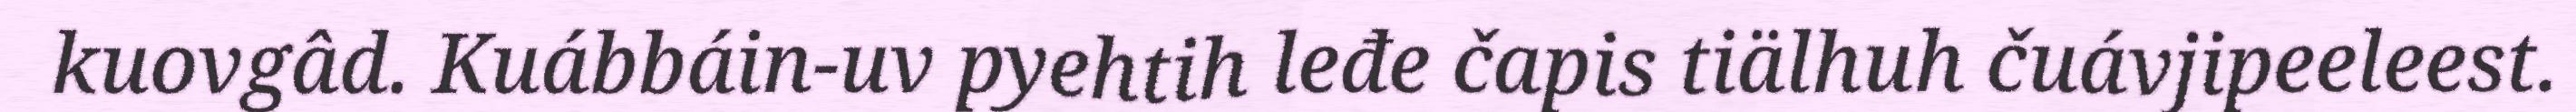
kuovgâd. Kuábbáin-uv pyehtih leđe čapis tiälhuh čuávjipeeleest.